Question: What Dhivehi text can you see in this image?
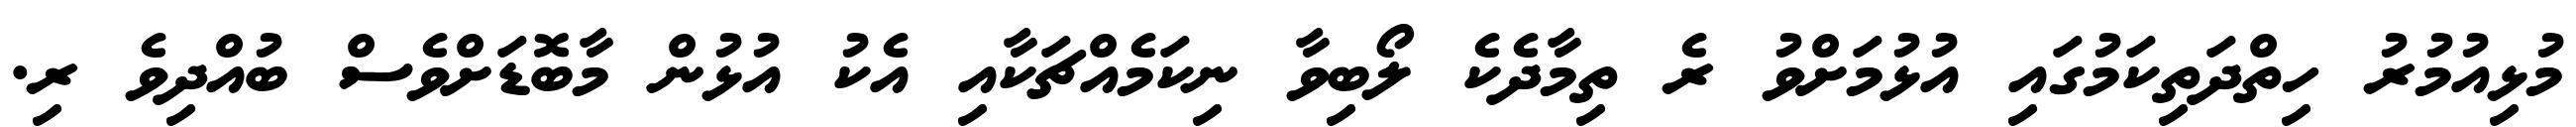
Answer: މުޅިއުމުރު ހިތްދަތިކަމުގައި އުޅުމަށްވު ރެ ތިމާދެކެ ލޯބިވާ ނިކަމެއްޗަކާއި އެކު އުޅުން މާބޮޑަށްވެސް ބުއްދިވެ ރި.